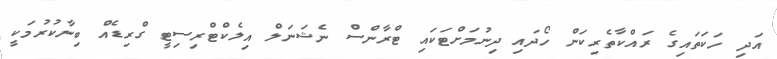
އަދި ހަކަތައިގެ ރައްކާތެރިކަން ހޯދައި ދިނުމަށްޓަކައި ޓްރާންސް ނެޝަނަލް އިލެކްޓްރިސިޓީ ގްރިޑެއް ބިނާކުރުމަކީ